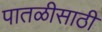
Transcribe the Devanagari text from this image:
पातळीसाठी